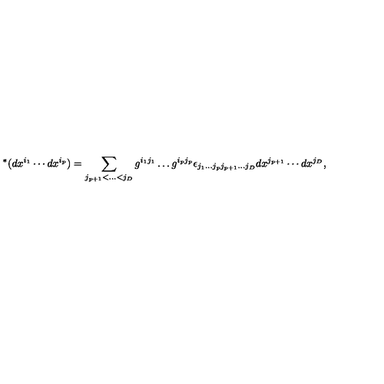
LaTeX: { } ^ { * } ( d x ^ { i _ { 1 } } \cdots d x ^ { i _ { p } } ) = \sum _ { j _ { p + 1 } < \ldots < j _ { D } } g ^ { i _ { 1 } j _ { 1 } } \ldots g ^ { i _ { p } j _ { p } } \epsilon _ { j _ { 1 } \ldots j _ { p } j _ { p + 1 } \ldots j _ { D } } d x ^ { j _ { p + 1 } } \cdots d x ^ { j _ { D } } ,